Rangoon Lunatic Asylum 1893-1897 - 1893-1897
Year: 1893
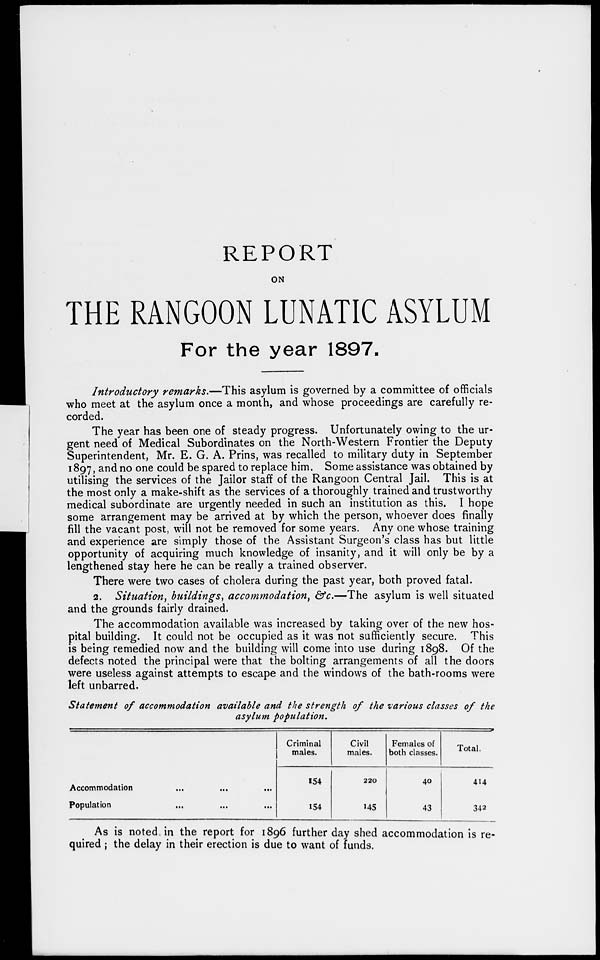
REPORT
ON
THE RANGOON LUNATIC ASYLUM
For the year 1897.
Introductory remarks.—This asylum is governed by a committee of officials
who meet at the asylum once a month, and whose proceedings are carefully re-
corded.
The year has been one of steady progress. Unfortunately owing to the ur-
gent need of Medical Subordinates on the North-Western Frontier the Deputy
Superintendent, Mr. E. G. A. Prins, was recalled to military duty in September
1897, and no one could be spared to replace him. Some assistance was obtained by
utilising the services of the Jailor staff of the Rangoon Central Jail. This is at
the most only a make-shift as the services of a thoroughly trained and trustworthy
medical subordinate are urgently needed in such an institution as this. I hope
some arrangement may be arrived at by which the person, whoever does finally
fill the vacant post, will not be removed for some years. Any one whose training
and experience are simply those of the Assistant Surgeon's class has but little
opportunity of acquiring much knowledge of insanity, and it will only be by a
lengthened stay here he can be really a trained observer.
There were two cases of cholera during the past year, both proved fatal.
2. Situation, buildings, accommodation, &c.—The asylum is well situated
and the grounds fairly drained.
The accommodation available was increased by taking over of the new hos-
pital building. It could not be occupied as it was not sufficiently secure. This
is being remedied now and the building will come into use during 1898. Of the
defects noted the principal were that the bolting arrangements of all the doors
were useless against attempts to escape and the windows of the bath-rooms were
left unbarred.
Statement of accommodation available and the strength of the various classes of the
asylum population.
Accommodation
...
...
...
Population ... ... ...
Criminal
males.
154
154
Civil
males.
220
145
Females of
both classes.
40
43
Total.
414
342
As is noted in the report for 1896 further day shed accommodation is re-
quired ; the delay in their erection is due to want of funds.